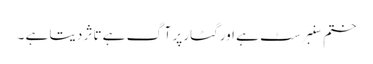
ختم سنبرسٹ ہے اور گٹار پر آگ ہے تاثر دیتا ہے ۔